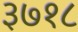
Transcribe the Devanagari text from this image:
३७१८